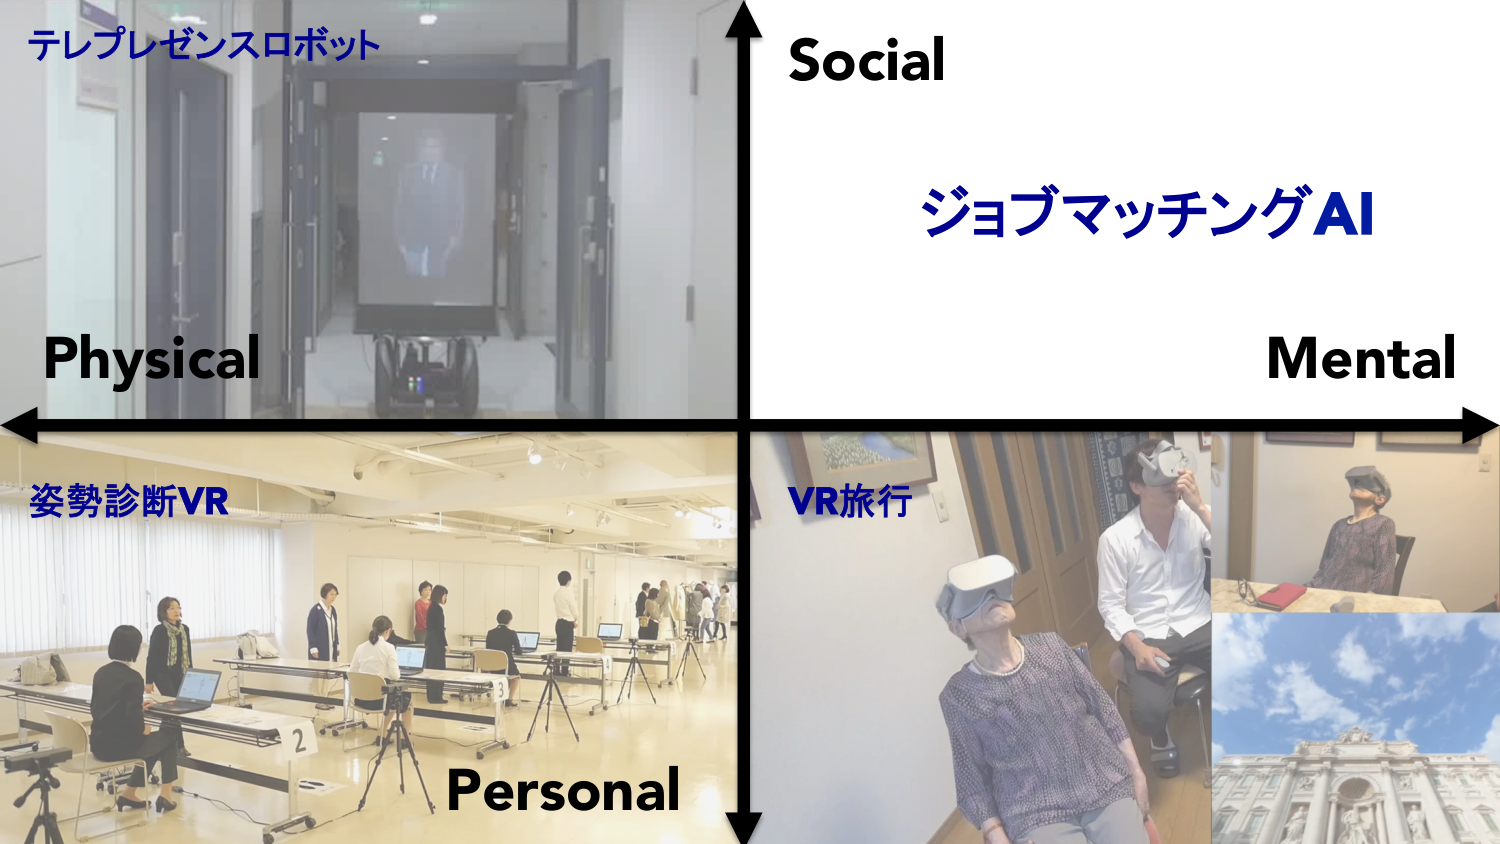
テレプレゼンスロボット
Social
ジョブマッチングAI
Mental
Physical
姿勢診断VR
VR旅行
Personal